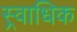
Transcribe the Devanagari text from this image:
स्र्वाधिक